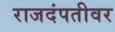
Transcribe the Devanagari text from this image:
राजदंपतीवर